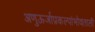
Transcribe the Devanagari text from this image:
अणुऊर्जाप्रकल्पांभोवताली